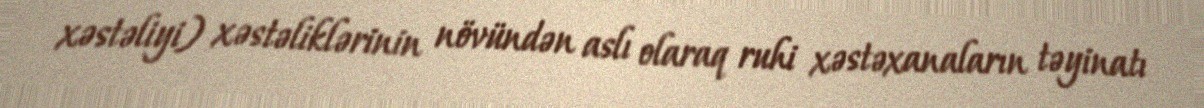
xəstəliyi) xəstəliklərinin növündən aslı olaraq ruhi xəstəxanaların təyinatı